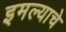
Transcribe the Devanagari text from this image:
इमल्याचे